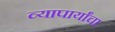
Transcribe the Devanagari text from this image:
व्यापार्यांचा